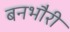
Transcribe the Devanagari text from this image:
बनभौरी